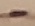
Text: -